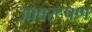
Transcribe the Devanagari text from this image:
आवरूपण